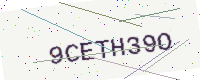
Text: 9CETH39O